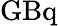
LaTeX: \mathrm{GBq}